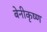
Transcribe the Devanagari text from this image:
बेनीकृष्ण